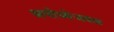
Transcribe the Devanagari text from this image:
अयोध्येजवळ